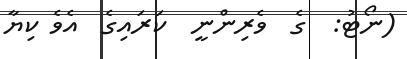
(ނޯޓު:  ގެ  ވެރިންނީ  ކަރައިގެ  އެވެ ކިޔާ